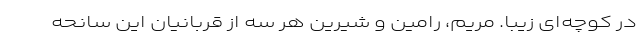
در کوچه‌ای زیبا. مریم، رامین و شیرین هر سه از قربانیانِ این سانحه